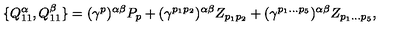
\{ { Q _ { 1 1 } ^ { \alpha } } , { Q _ { 1 1 } ^ { \beta } } \} = ( { \gamma } ^ { p } ) ^ { \alpha \beta } P _ { p } + ( { \gamma } ^ { p _ { 1 } p _ { 2 } } ) ^ { \alpha \beta } Z _ { p _ { 1 } p _ { 2 } } + ( { \gamma } ^ { p _ { 1 } \dots p _ { 5 } } ) ^ { \alpha \beta } Z _ { p _ { 1 } \dots p _ { 5 } } ,